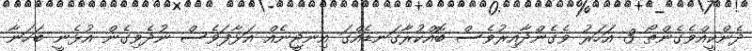
ދެންކީއްވެގެންތޯ 3 އަހަރު ވެގެންދާއިރުވެސް ބޮއްކުރާގަނޑެއްގަ އިނޖީނެއް އަޅާފަވެސް ނުދެވިގެން އުޅެނީ ބަހަނާ